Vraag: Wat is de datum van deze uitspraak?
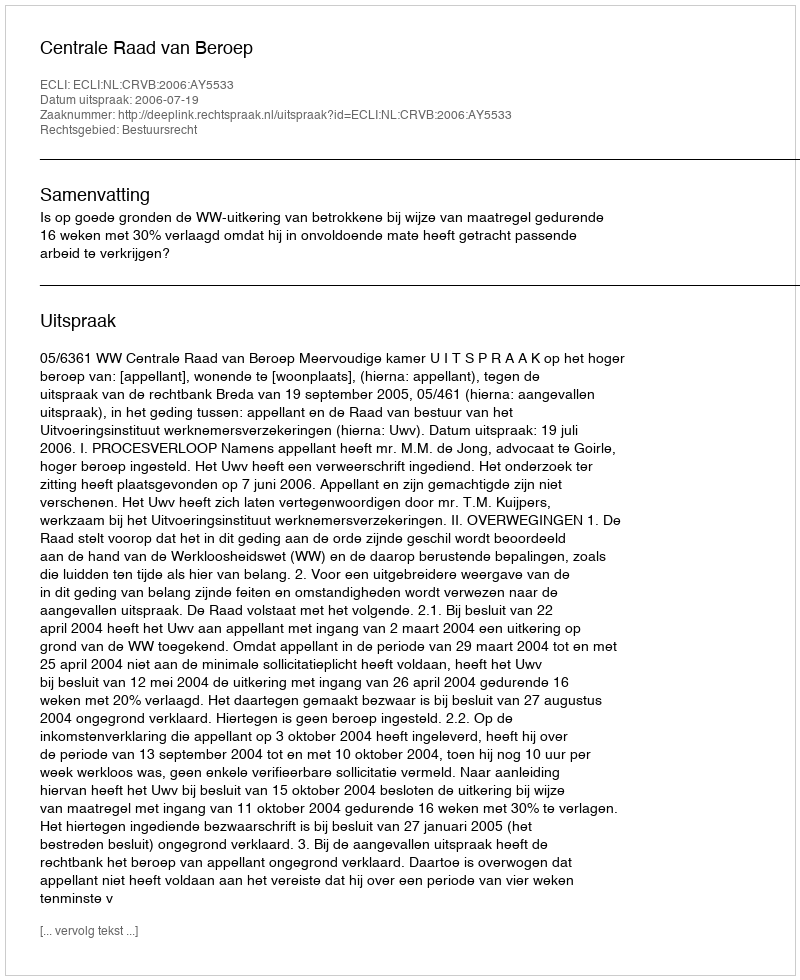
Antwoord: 2006-07-19